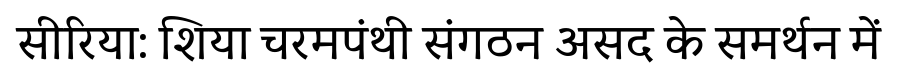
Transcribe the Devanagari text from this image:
सीरिया: शिया चरमपंथी संगठन असद के समर्थन में